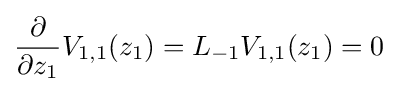
{\frac {\partial }{\partial z_{1}}}V_{1,1}(z_{1})=L_{-1}V_{1,1}(z_{1})=0